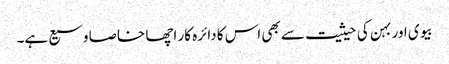
بیوی اور بہن کی حیثیت سے بھی اس کا دائرہ کار اچھا خاصا وسیع ہے۔